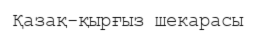
Қазақ-қырғыз шекарасы